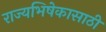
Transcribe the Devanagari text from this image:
राज्यभिषेकासाठी